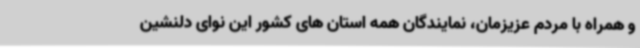
و همراه با مردم عزیزمان، نمایندگان همه استان های کشور این نوای دلنشین